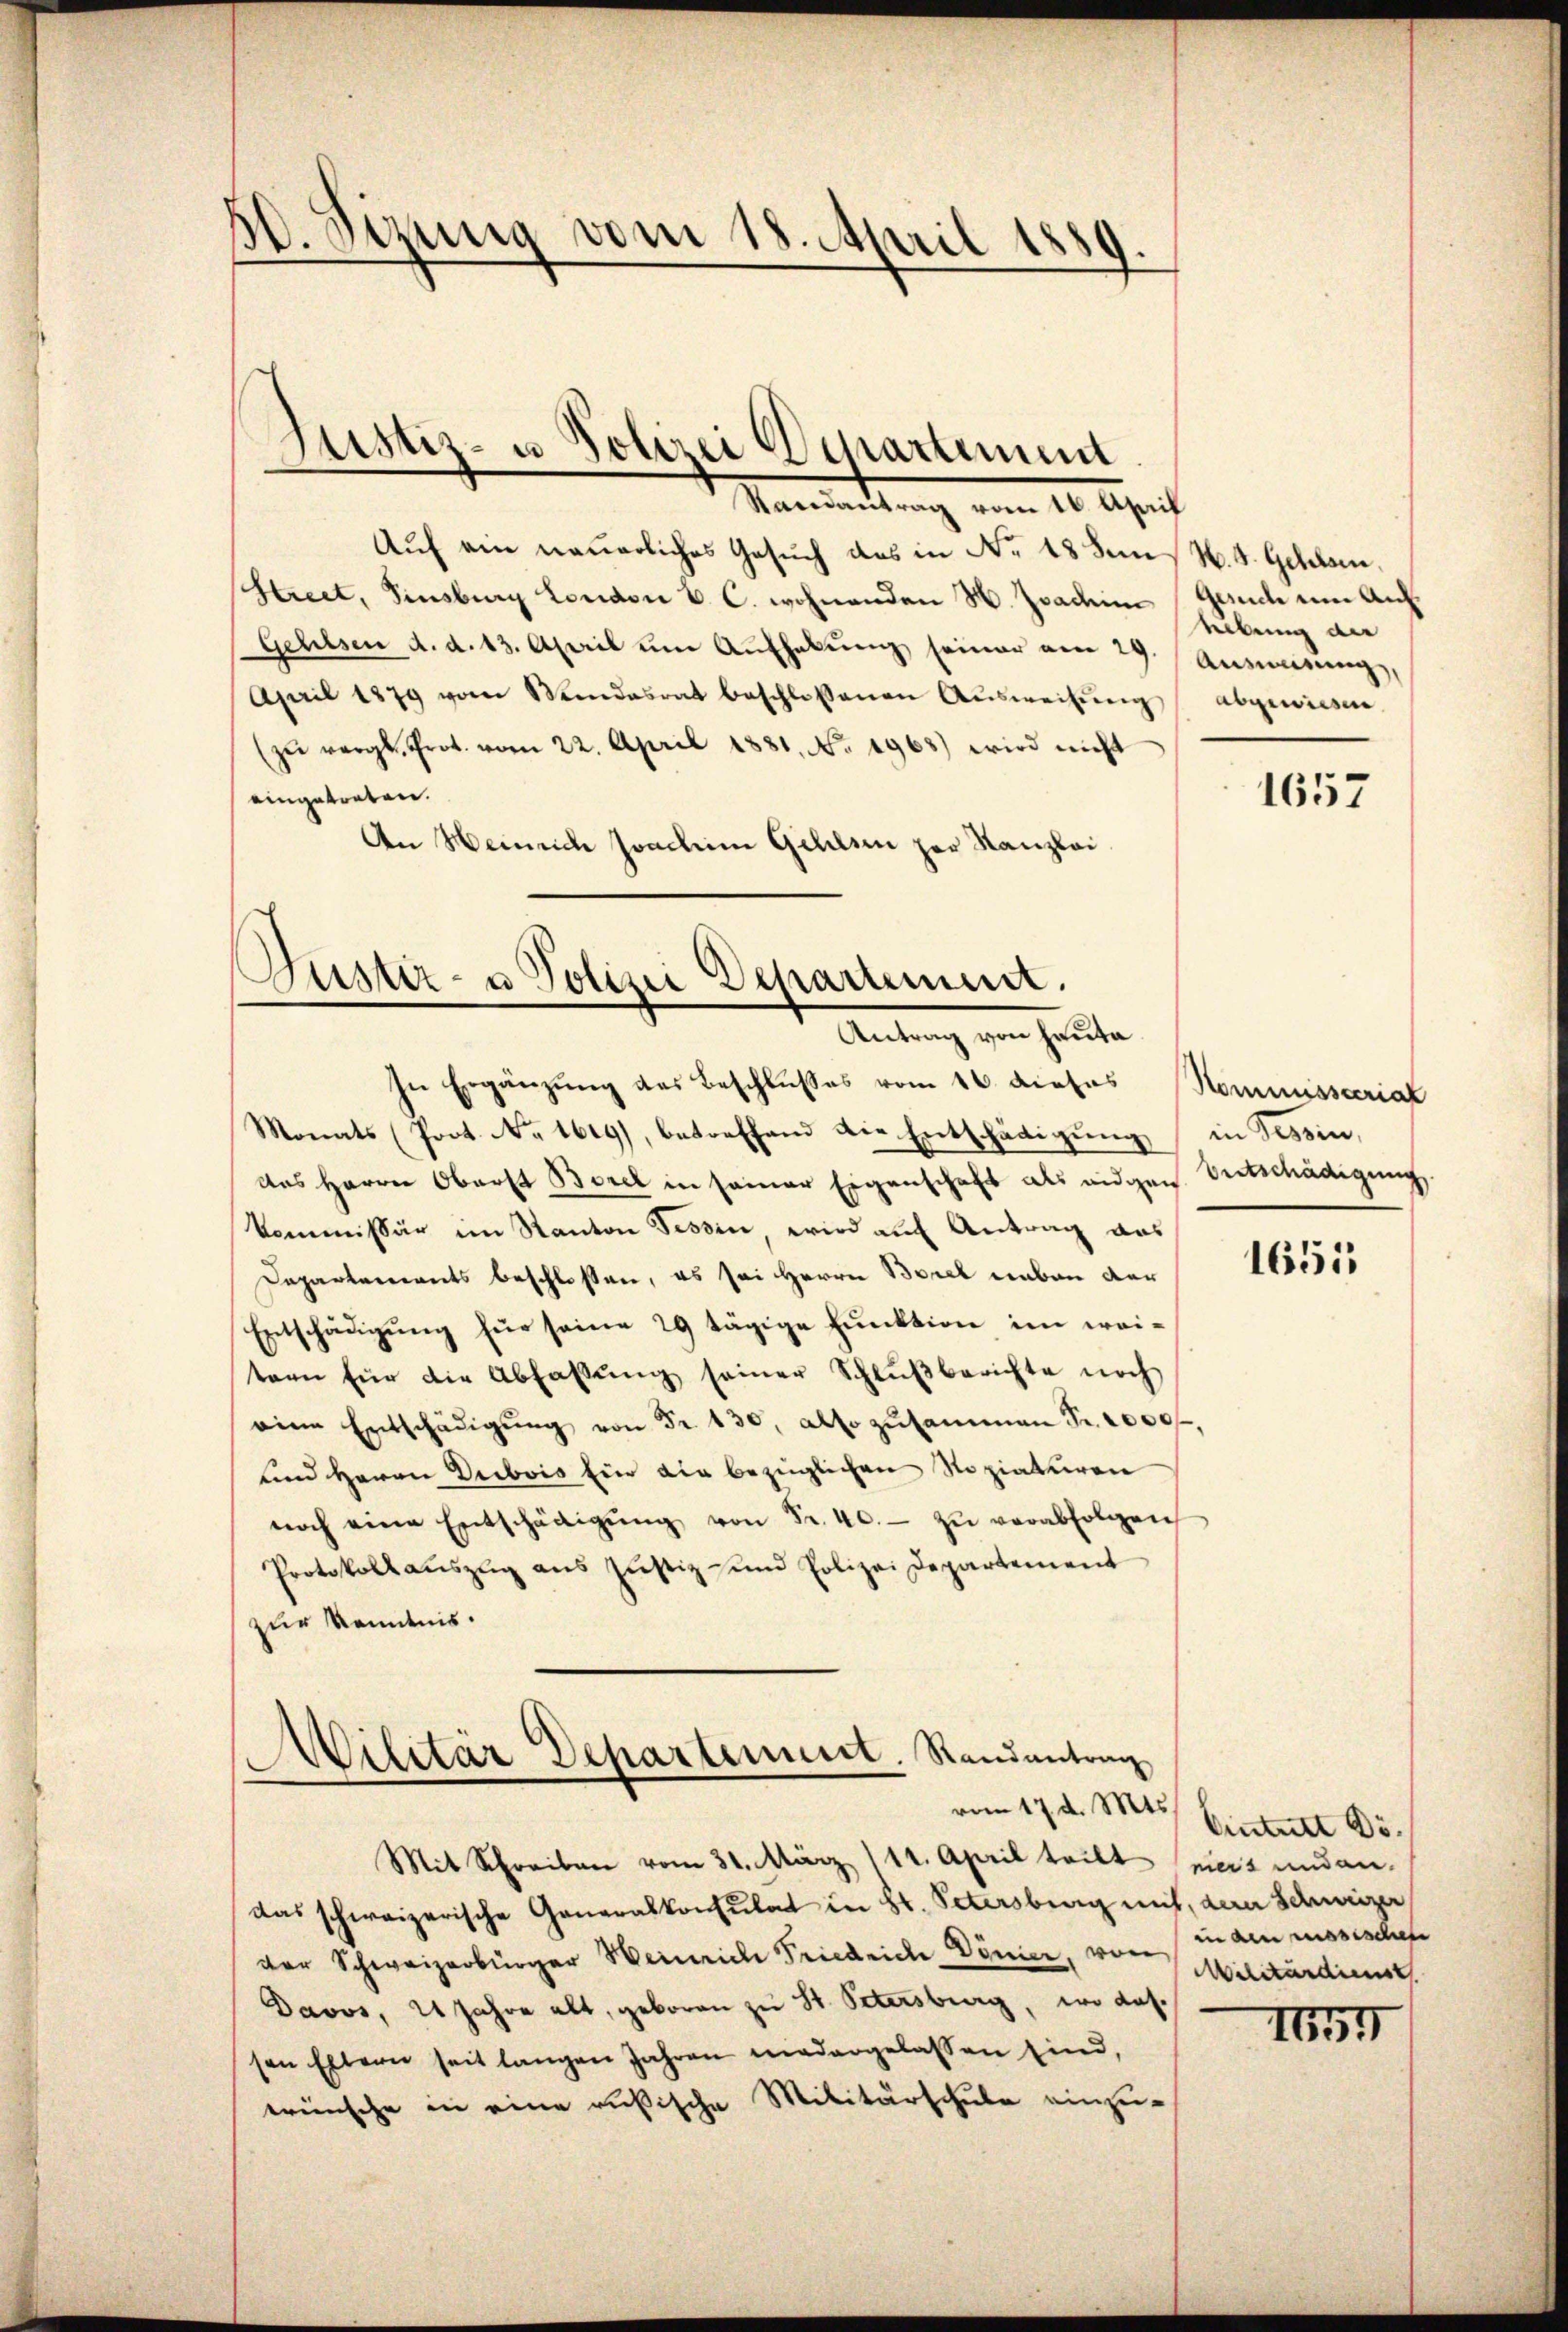
A. Sitzung vom 18. April 1889.
.

Auf ein neuerliches Gesuch das in Nr. 18 den N. 4. Gellen.
Street, insburg London C. c. wohnenden H. Joachim Gesuch um Auf
Gehilsen d. d. 13. April ŭm Aŭfhebŭng seiner am 29.
April 1879 vom Windesrat beschlossenen Aŭsweisŭng abgewiesen.
(zŭ vergl. Prot. vom 22. April 1881, No. 1968) wird nicht
eingetreten.
An Heinrich Joachim Gehls zur Kanzlei

Justiz- u. Polizei Departement
—
.
Nominirung von 10. April

)
Justiz- u Polizei Departement.
Antrag von Hauta
In Ergänzung des Beschlußes vom 16. dieses Kommissterial

Monats (Poct. No 1619), betreffend die Entschädigung in Tessin,
das Herrn Oberst Borel in seiner Eigenschaft als eidgen
kommissär im Kanton Tessin, wird auf Antrag aus
Departements beschlossen, es sei Herrn Borel neben der
Entschädigung für seine 29 tägige Funktion im weitern für die Abfassŭng seiner Schlŭβberichte noch
eine Entschädigŭng von Fr. 130, also zusammen Fr. 1000f
und Herrn Dubois Ein die bezüglichen Stopiaturen
noch eine Entschädigŭng von Fr. 40.- zŭ verabfolgen
Protokoll auszug aus Justiz- und Polizei Departement
zur Kenntnis.

Militär Departement. Randantrag
vom 17. d. Mts.

Mit Schreiben vom 31. März 111. April teilt nicz und an-
das schweizerische Generalkonsulat in Hr. Petersburg mit, der Schweizer
der Schweizerbürger Weinrich Friedrich Dönier, von in am monischen
Davos, 21 Jahre alt, geboren zu St. Petersburg, wo dassen Eltern seit langen Jahren niedergelassen sind,
wünsche in eine rußische Militärschule einzu¬

lebung de
Ansinnung,

1657

Entschädigung

1651

Eintritt Dr.
Militärdienst

In